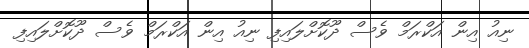
ނިއު އިން އަކްރަމް ވެސް ދޫކޮށްލައިފި ނިއު އިން އަކްރަމް ވެސް ދޫކޮށްލައިފި